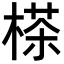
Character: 𣗪